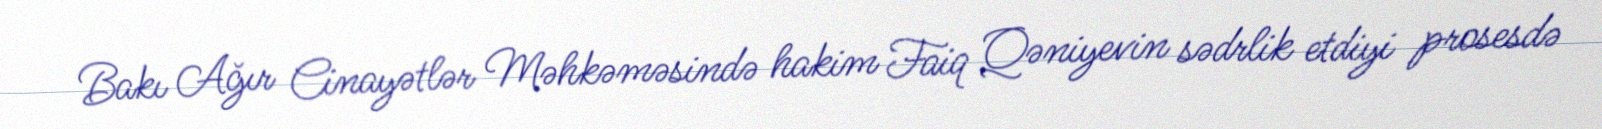
Bakı Ağır Cinayətlər Məhkəməsində hakim Faiq Qəniyevin sədrlik etdiyi prosesdə